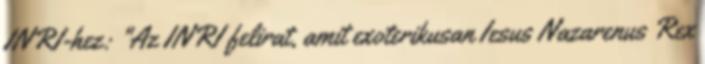
INRI-hez: "Az INRI felirat, amit exoterikusan Iesus Nazarenus Rex